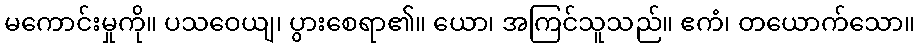
မကောင်းမှုကို။ ပသဝေယျ၊ ပွားစေရာ၏။ ယော၊ အကြင်သူသည်။ ဧကံ၊ တယောက်သော။